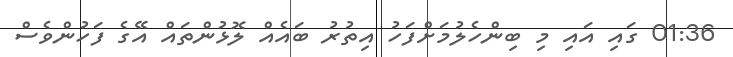
01:36 ގައި އައި މި ބިންހެލުމަށްފަހު އިތުރު ބައެއް ލޮޅުންތައް އޭގެ ފަހުންވެސް